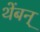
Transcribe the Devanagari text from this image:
थेंबन्